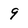
Character: 9